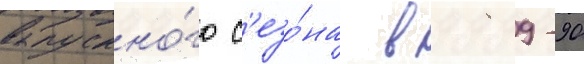
выпускно́го с'езо́на в 1989-90